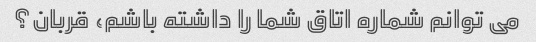
می توانم شماره اتاق شما را داشته باشم، قربان؟